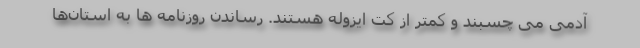
آدمی می چسبند و کمتر از کت ایزوله هستند. رساندن روزنامه ها به استان‌ها